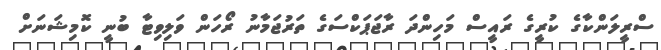
ސްރީލަންކާގެ ކުރީގެ ރައީސް މަހިންދަ ރާޖަޕަކްސަގެ ތަރުޖަމާނު ރޯހަން ވަލިވިޓާ ބުނީ ކޮމިޝަނަށް